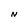
Character: N